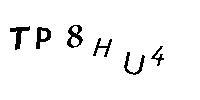
TP8HU4